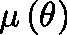
\mathbf { \mu } \left( \theta \right)